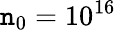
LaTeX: \mathtt{n}_{0}=10^{16}